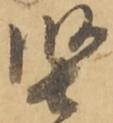
堅